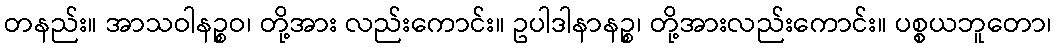
တနည်း။ အာသဝါနဉ္စဝ၊ တို့အား လည်းကောင်း။ ဥပါဒါနာနဉ္စ၊ တို့အားလည်းကောင်း။ ပစ္စယဘူတော၊